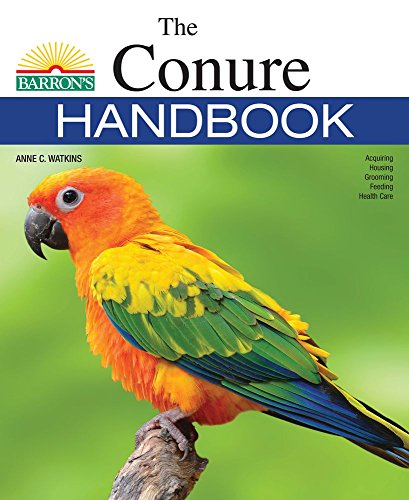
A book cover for The Conure Handbook (Barron's Pet Handbooks); Anne Watkins; Crafts, Hobbies & Home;